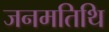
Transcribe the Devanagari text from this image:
जनमतिथि